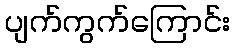
ပျက်ကွက်ကြောင်း